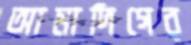
আমাদিগের